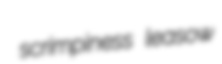
scrimpiness leasow